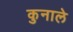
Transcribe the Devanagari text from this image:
कुनाले